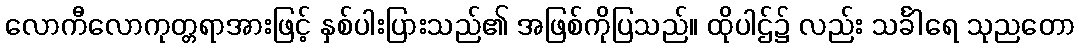
လောကီလောကုတ္တရာအားဖြင့် နှစ်ပါးပြားသည်၏ အဖြစ်ကိုပြသည်။ ထိုပါဌ်၌ လည်း သင်္ခါရေ သုညတော